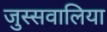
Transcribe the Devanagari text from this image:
जुस्सवालिया